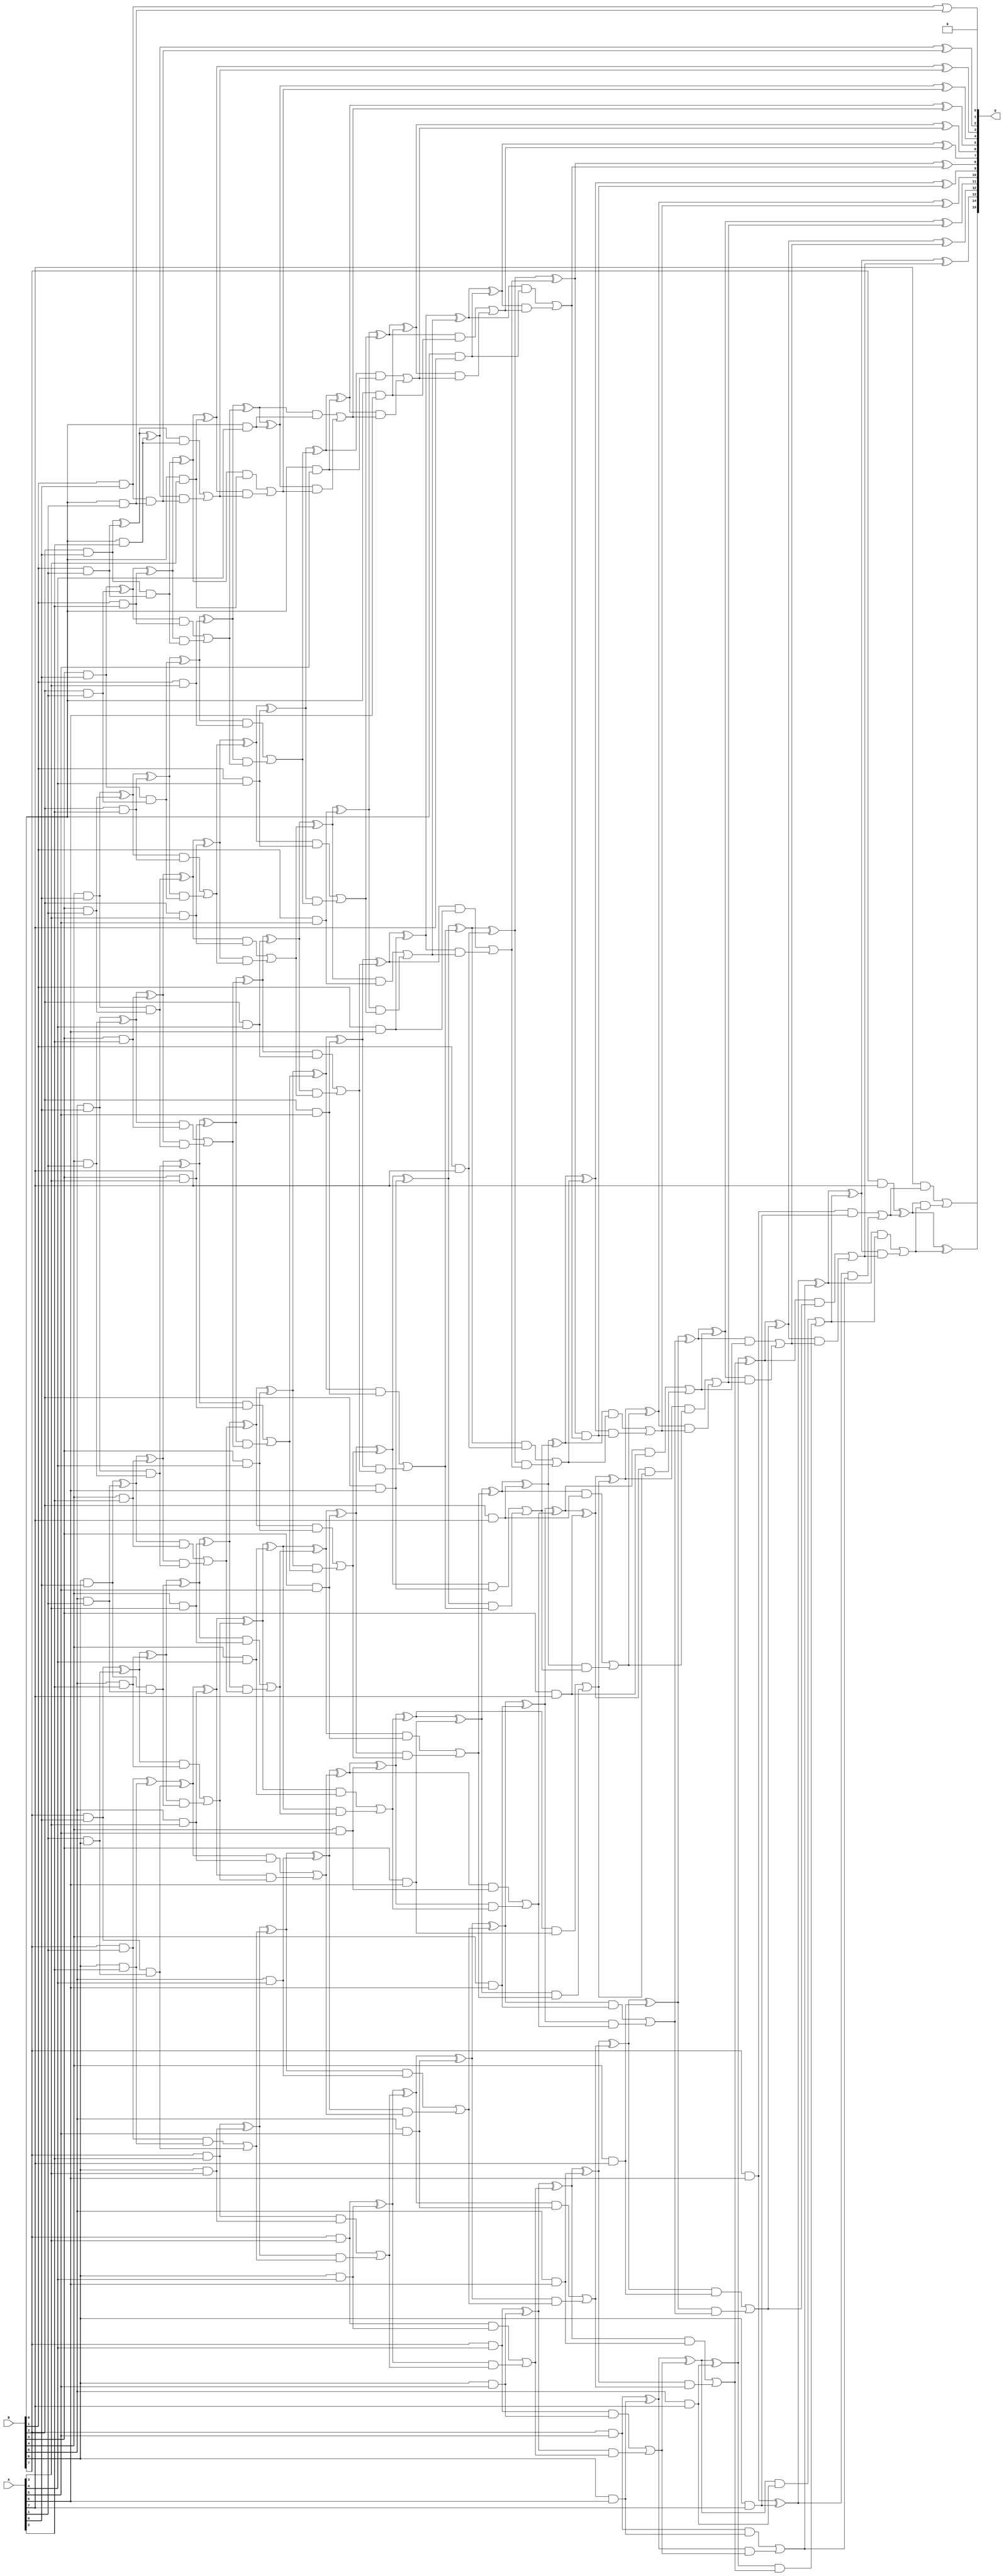
// This program was cloned from: https://github.com/ehw-fit/evoapproxlib
// License: MIT License

/***
* This code is a part of EvoApproxLib library (ehw.fit.vutbr.cz/approxlib) distributed under The MIT License.
* When used, please cite the following article(s): V. Mrazek, Z. Vasicek, L. Sekanina, H. Jiang and J. Han, "Scalable Construction of Approximate Multipliers With Formally Guaranteed Worst Case Error" in IEEE Transactions on Very Large Scale Integration (VLSI) Systems, vol. 26, no. 11, pp. 2572-2576, Nov. 2018. doi: 10.1109/TVLSI.2018.2856362 
* This file contains a circuit from a sub-set of pareto optimal circuits with respect to the pwr and ep parameters
***/
// MAE% = 0.00038 %
// MAE = 16480 
// WCE% = 0.0015 %
// WCE = 66049 
// WCRE% = 100.00 %
// EP% = 56.25 %
// MRE% = 0.014 %
// MSE = 10779.731e5 
// PDK45_PWR = 2.153 mW
// PDK45_AREA = 3086.1 um2
// PDK45_DELAY = 3.03 ns

module mult8_cgp14ep_ep49152_wc1_2_csamrca (
    A,
    B,
    O
);

input [7:0] A;
input [7:0] B;
output [15:0] O;

wire sig_16,sig_17,sig_18,sig_19,sig_20,sig_21,sig_22,sig_23,sig_24,sig_25,sig_26,sig_27,sig_28,sig_29,sig_30,sig_31,sig_32,sig_33,sig_34,sig_35;
wire sig_36,sig_37,sig_38,sig_39,sig_40,sig_41,sig_42,sig_43,sig_44,sig_45,sig_46,sig_47,sig_48,sig_49,sig_50,sig_51,sig_52,sig_53,sig_54,sig_55;
wire sig_56,sig_57,sig_58,sig_59,sig_60,sig_61,sig_62,sig_63,sig_64,sig_65,sig_66,sig_67,sig_68,sig_69,sig_70,sig_71,sig_72,sig_73,sig_74,sig_75;
wire sig_76,sig_77,sig_78,sig_79,sig_80,sig_81,sig_82,sig_83,sig_84,sig_85,sig_87,sig_88,sig_89,sig_90,sig_91,sig_92,sig_93,sig_94,sig_95,sig_96;
wire sig_97,sig_98,sig_99,sig_100,sig_101,sig_102,sig_103,sig_104,sig_105,sig_106,sig_107,sig_108,sig_109,sig_110,sig_111,sig_112,sig_113,sig_114,sig_115,sig_116;
wire sig_117,sig_118,sig_119,sig_120,sig_121,sig_122,sig_123,sig_124,sig_125,sig_126,sig_127,sig_128,sig_129,sig_130,sig_131,sig_132,sig_133,sig_134,sig_135,sig_136;
wire sig_137,sig_138,sig_139,sig_140,sig_141,sig_142,sig_143,sig_144,sig_145,sig_146,sig_147,sig_148,sig_149,sig_150,sig_151,sig_152,sig_153,sig_154,sig_155,sig_156;
wire sig_157,sig_158,sig_159,sig_160,sig_161,sig_162,sig_163,sig_164,sig_165,sig_166,sig_167,sig_168,sig_169,sig_170,sig_171,sig_172,sig_173,sig_174,sig_175,sig_176;
wire sig_177,sig_178,sig_179,sig_180,sig_181,sig_182,sig_183,sig_184,sig_185,sig_186,sig_187,sig_188,sig_189,sig_190,sig_191,sig_192,sig_193,sig_194,sig_195,sig_196;
wire sig_197,sig_198,sig_199,sig_200,sig_201,sig_202,sig_203,sig_204,sig_205,sig_206,sig_207,sig_208,sig_209,sig_210,sig_211,sig_212,sig_213,sig_214,sig_215,sig_216;
wire sig_217,sig_218,sig_219,sig_220,sig_221,sig_222,sig_223,sig_224,sig_225,sig_226,sig_227,sig_228,sig_229,sig_230,sig_231,sig_232,sig_233,sig_234,sig_235,sig_236;
wire sig_237,sig_238,sig_239,sig_240,sig_241,sig_242,sig_243,sig_244,sig_245,sig_246,sig_247,sig_248,sig_249,sig_250,sig_251,sig_252,sig_253,sig_254,sig_255,sig_256;
wire sig_257,sig_258,sig_259,sig_260,sig_261,sig_262,sig_263,sig_264,sig_265,sig_266,sig_267,sig_268,sig_269,sig_270,sig_271,sig_272,sig_273,sig_274,sig_275,sig_276;
wire sig_277,sig_278,sig_279,sig_280,sig_281,sig_282,sig_283,sig_284,sig_285,sig_286,sig_287,sig_288,sig_289,sig_290,sig_291,sig_292,sig_293,sig_294,sig_295,sig_296;
wire sig_297,sig_298,sig_299,sig_300,sig_301,sig_302,sig_303,sig_304,sig_305,sig_306,sig_307,sig_308,sig_309,sig_310,sig_311,sig_312,sig_313,sig_314,sig_315,sig_316;
wire sig_317,sig_318,sig_319,sig_320,sig_321,sig_322,sig_323,sig_324,sig_325,sig_326,sig_327,sig_328,sig_329,sig_330,sig_331,sig_332,sig_333,sig_334,sig_335;

assign sig_16 = A[1] & B[6];
assign sig_17 = B[1] & A[0];
assign sig_18 = B[2] & A[0];
assign sig_19 = B[3] & A[0];
assign sig_20 = B[4] & A[0];
assign sig_21 = B[5] & A[0];
assign sig_22 = B[6] & A[0];
assign sig_23 = B[7] & A[0];
assign sig_24 = B[0] & A[1];
assign sig_25 = B[1] & A[1];
assign sig_26 = B[2] & A[1];
assign sig_27 = B[3] & A[1];
assign sig_28 = B[4] & A[1];
assign sig_29 = B[5] & A[1];
assign sig_30 = B[6] & A[1];
assign sig_31 = B[7] & A[1];
assign sig_32 = sig_17 | sig_24;
assign sig_33 = sig_17 & sig_24;
assign sig_34 = sig_18 ^ sig_25;
assign sig_35 = sig_18 & sig_25;
assign sig_36 = sig_19 ^ sig_26;
assign sig_37 = sig_19 & sig_26;
assign sig_38 = sig_20 ^ sig_27;
assign sig_39 = sig_20 & sig_27;
assign sig_40 = sig_21 ^ sig_28;
assign sig_41 = sig_21 & sig_28;
assign sig_42 = sig_22 ^ sig_29;
assign sig_43 = sig_22 & sig_29;
assign sig_44 = sig_23 ^ sig_16;
assign sig_45 = sig_23 & sig_30;
assign sig_46 = B[0] & A[2];
assign sig_47 = B[1] & A[2];
assign sig_48 = B[2] & A[2];
assign sig_49 = B[3] & A[2];
assign sig_50 = B[4] & A[2];
assign sig_51 = B[5] & A[2];
assign sig_52 = B[6] & A[2];
assign sig_53 = B[7] & A[2];
assign sig_54 = sig_34 ^ sig_46;
assign sig_55 = sig_34 & sig_46;
assign sig_56 = sig_54 & sig_33;
assign sig_57 = sig_54 ^ sig_33;
assign sig_58 = sig_55 | sig_56;
assign sig_59 = sig_36 ^ sig_47;
assign sig_60 = sig_36 & sig_47;
assign sig_61 = sig_59 & sig_35;
assign sig_62 = sig_59 ^ sig_35;
assign sig_63 = sig_60 | sig_61;
assign sig_64 = sig_38 ^ sig_48;
assign sig_65 = sig_38 & sig_48;
assign sig_66 = sig_64 & sig_37;
assign sig_67 = sig_64 ^ sig_37;
assign sig_68 = sig_65 | sig_66;
assign sig_69 = sig_40 ^ sig_49;
assign sig_70 = sig_40 & sig_49;
assign sig_71 = sig_69 & sig_39;
assign sig_72 = sig_69 ^ sig_39;
assign sig_73 = sig_70 | sig_71;
assign sig_74 = sig_42 ^ sig_50;
assign sig_75 = sig_42 & sig_50;
assign sig_76 = sig_74 & sig_41;
assign sig_77 = sig_74 ^ sig_41;
assign sig_78 = sig_75 | sig_76;
assign sig_79 = sig_44 ^ sig_51;
assign sig_80 = sig_44 & sig_51;
assign sig_81 = sig_79 & sig_43;
assign sig_82 = sig_79 ^ sig_43;
assign sig_83 = sig_80 | sig_81;
assign sig_84 = sig_31 ^ sig_52;
assign sig_85 = sig_31 & sig_52;
assign sig_87 = sig_84 ^ sig_45;
assign sig_88 = sig_85 | sig_45;
assign sig_89 = B[0] & A[3];
assign sig_90 = B[1] & A[3];
assign sig_91 = B[2] & A[3];
assign sig_92 = B[3] & A[3];
assign sig_93 = B[4] & A[3];
assign sig_94 = B[5] & A[3];
assign sig_95 = B[6] & A[3];
assign sig_96 = B[7] & A[3];
assign sig_97 = sig_62 ^ sig_89;
assign sig_98 = sig_62 & sig_89;
assign sig_99 = sig_97 & sig_58;
assign sig_100 = sig_97 ^ sig_58;
assign sig_101 = sig_98 | sig_99;
assign sig_102 = sig_67 ^ sig_90;
assign sig_103 = sig_67 & sig_90;
assign sig_104 = sig_102 & sig_63;
assign sig_105 = sig_102 ^ sig_63;
assign sig_106 = sig_103 | sig_104;
assign sig_107 = sig_72 ^ sig_91;
assign sig_108 = sig_72 & sig_91;
assign sig_109 = sig_107 & sig_68;
assign sig_110 = sig_107 ^ sig_68;
assign sig_111 = sig_108 | sig_109;
assign sig_112 = sig_77 ^ sig_92;
assign sig_113 = sig_77 & sig_92;
assign sig_114 = sig_112 & sig_73;
assign sig_115 = sig_112 ^ sig_73;
assign sig_116 = sig_113 | sig_114;
assign sig_117 = sig_82 ^ sig_93;
assign sig_118 = sig_82 & sig_93;
assign sig_119 = sig_117 & sig_78;
assign sig_120 = sig_117 ^ sig_78;
assign sig_121 = sig_118 | sig_119;
assign sig_122 = sig_87 ^ sig_94;
assign sig_123 = sig_87 & sig_94;
assign sig_124 = sig_122 & sig_83;
assign sig_125 = sig_122 ^ sig_83;
assign sig_126 = sig_123 | sig_124;
assign sig_127 = sig_53 ^ sig_95;
assign sig_128 = sig_53 & sig_95;
assign sig_129 = sig_127 & sig_88;
assign sig_130 = sig_127 ^ sig_88;
assign sig_131 = sig_128 | sig_129;
assign sig_132 = B[0] & A[4];
assign sig_133 = B[1] & A[4];
assign sig_134 = B[2] & A[4];
assign sig_135 = B[3] & A[4];
assign sig_136 = B[4] & A[4];
assign sig_137 = B[5] & A[4];
assign sig_138 = B[6] & A[4];
assign sig_139 = B[7] & A[4];
assign sig_140 = sig_105 ^ sig_132;
assign sig_141 = sig_105 & sig_132;
assign sig_142 = sig_140 & sig_101;
assign sig_143 = sig_140 ^ sig_101;
assign sig_144 = sig_141 | sig_142;
assign sig_145 = sig_110 ^ sig_133;
assign sig_146 = sig_110 & sig_133;
assign sig_147 = sig_145 & sig_106;
assign sig_148 = sig_145 ^ sig_106;
assign sig_149 = sig_146 | sig_147;
assign sig_150 = sig_115 ^ sig_134;
assign sig_151 = sig_115 & sig_134;
assign sig_152 = sig_150 & sig_111;
assign sig_153 = sig_150 ^ sig_111;
assign sig_154 = sig_151 | sig_152;
assign sig_155 = sig_120 ^ sig_135;
assign sig_156 = sig_120 & sig_135;
assign sig_157 = sig_155 & sig_116;
assign sig_158 = sig_155 ^ sig_116;
assign sig_159 = sig_156 | sig_157;
assign sig_160 = sig_125 ^ sig_136;
assign sig_161 = sig_125 & sig_136;
assign sig_162 = sig_160 & sig_121;
assign sig_163 = sig_160 ^ sig_121;
assign sig_164 = sig_161 | sig_162;
assign sig_165 = sig_130 ^ sig_137;
assign sig_166 = sig_130 & sig_137;
assign sig_167 = sig_165 & sig_126;
assign sig_168 = sig_165 ^ sig_126;
assign sig_169 = sig_166 | sig_167;
assign sig_170 = sig_96 ^ sig_138;
assign sig_171 = sig_96 & sig_138;
assign sig_172 = sig_170 & sig_131;
assign sig_173 = sig_170 ^ sig_131;
assign sig_174 = sig_171 | sig_172;
assign sig_175 = B[0] & A[5];
assign sig_176 = B[1] & A[5];
assign sig_177 = B[2] & A[5];
assign sig_178 = B[3] & A[5];
assign sig_179 = B[4] & A[5];
assign sig_180 = B[5] & A[5];
assign sig_181 = B[6] & A[5];
assign sig_182 = B[7] & A[5];
assign sig_183 = sig_148 ^ sig_175;
assign sig_184 = sig_148 & sig_175;
assign sig_185 = sig_183 & sig_144;
assign sig_186 = sig_183 ^ sig_144;
assign sig_187 = sig_184 | sig_185;
assign sig_188 = sig_153 ^ sig_176;
assign sig_189 = sig_153 & sig_176;
assign sig_190 = sig_188 & sig_149;
assign sig_191 = sig_188 ^ sig_149;
assign sig_192 = sig_189 | sig_190;
assign sig_193 = sig_158 ^ sig_177;
assign sig_194 = sig_158 & sig_177;
assign sig_195 = sig_193 & sig_154;
assign sig_196 = sig_193 ^ sig_154;
assign sig_197 = sig_194 | sig_195;
assign sig_198 = sig_163 ^ sig_178;
assign sig_199 = sig_163 & sig_178;
assign sig_200 = sig_198 & sig_159;
assign sig_201 = sig_198 ^ sig_159;
assign sig_202 = sig_199 | sig_200;
assign sig_203 = sig_168 ^ sig_179;
assign sig_204 = sig_168 & sig_179;
assign sig_205 = sig_203 & sig_164;
assign sig_206 = sig_203 ^ sig_164;
assign sig_207 = sig_204 | sig_205;
assign sig_208 = sig_173 ^ sig_180;
assign sig_209 = sig_173 & sig_180;
assign sig_210 = sig_208 & sig_169;
assign sig_211 = sig_208 ^ sig_169;
assign sig_212 = sig_209 | sig_210;
assign sig_213 = sig_139 ^ sig_181;
assign sig_214 = sig_139 & sig_181;
assign sig_215 = sig_213 & sig_174;
assign sig_216 = sig_213 ^ sig_174;
assign sig_217 = sig_214 | sig_215;
assign sig_218 = B[0] & A[6];
assign sig_219 = B[1] & A[6];
assign sig_220 = B[2] & A[6];
assign sig_221 = B[3] & A[6];
assign sig_222 = B[4] & A[6];
assign sig_223 = B[5] & A[6];
assign sig_224 = B[6] & A[6];
assign sig_225 = B[7] & A[6];
assign sig_226 = sig_191 ^ sig_218;
assign sig_227 = sig_191 & sig_218;
assign sig_228 = sig_226 & sig_187;
assign sig_229 = sig_226 ^ sig_187;
assign sig_230 = sig_227 | sig_228;
assign sig_231 = sig_196 ^ sig_219;
assign sig_232 = sig_196 & sig_219;
assign sig_233 = sig_231 & sig_192;
assign sig_234 = sig_231 ^ sig_192;
assign sig_235 = sig_232 | sig_233;
assign sig_236 = sig_201 ^ sig_220;
assign sig_237 = sig_201 & sig_220;
assign sig_238 = sig_236 & sig_197;
assign sig_239 = sig_236 ^ sig_197;
assign sig_240 = sig_237 | sig_238;
assign sig_241 = sig_206 ^ sig_221;
assign sig_242 = sig_206 & sig_221;
assign sig_243 = sig_241 & sig_202;
assign sig_244 = sig_241 ^ sig_202;
assign sig_245 = sig_242 | sig_243;
assign sig_246 = sig_211 ^ sig_222;
assign sig_247 = sig_211 & sig_222;
assign sig_248 = sig_246 & sig_207;
assign sig_249 = sig_246 ^ sig_207;
assign sig_250 = sig_247 | sig_248;
assign sig_251 = sig_216 ^ sig_223;
assign sig_252 = sig_216 & sig_223;
assign sig_253 = sig_251 & sig_212;
assign sig_254 = sig_251 ^ sig_212;
assign sig_255 = sig_252 | sig_253;
assign sig_256 = sig_182 ^ sig_224;
assign sig_257 = sig_182 & sig_224;
assign sig_258 = sig_256 & sig_217;
assign sig_259 = sig_256 ^ sig_217;
assign sig_260 = sig_257 | sig_258;
assign sig_261 = B[0] & A[7];
assign sig_262 = B[1] & A[7];
assign sig_263 = B[2] & A[7];
assign sig_264 = B[3] & A[7];
assign sig_265 = B[4] & A[7];
assign sig_266 = B[5] & A[7];
assign sig_267 = B[6] & A[7];
assign sig_268 = B[7] & A[7];
assign sig_269 = sig_234 ^ sig_261;
assign sig_270 = sig_234 & sig_261;
assign sig_271 = sig_269 & sig_230;
assign sig_272 = sig_269 ^ sig_230;
assign sig_273 = sig_270 | sig_271;
assign sig_274 = sig_239 ^ sig_262;
assign sig_275 = sig_239 & sig_262;
assign sig_276 = sig_274 & sig_235;
assign sig_277 = sig_274 ^ sig_235;
assign sig_278 = sig_275 | sig_276;
assign sig_279 = sig_244 ^ sig_263;
assign sig_280 = sig_244 & sig_263;
assign sig_281 = sig_279 & sig_240;
assign sig_282 = sig_279 ^ sig_240;
assign sig_283 = sig_280 | sig_281;
assign sig_284 = sig_249 ^ sig_264;
assign sig_285 = sig_249 & sig_264;
assign sig_286 = sig_284 & sig_245;
assign sig_287 = sig_284 ^ sig_245;
assign sig_288 = sig_285 | sig_286;
assign sig_289 = sig_254 ^ sig_265;
assign sig_290 = sig_254 & sig_265;
assign sig_291 = sig_289 & sig_250;
assign sig_292 = sig_289 ^ sig_250;
assign sig_293 = sig_290 | sig_291;
assign sig_294 = sig_259 ^ sig_266;
assign sig_295 = sig_259 & sig_266;
assign sig_296 = sig_294 & sig_255;
assign sig_297 = sig_294 ^ sig_255;
assign sig_298 = sig_295 | sig_296;
assign sig_299 = sig_225 ^ sig_267;
assign sig_300 = sig_225 & sig_267;
assign sig_301 = sig_299 & sig_260;
assign sig_302 = sig_299 ^ sig_260;
assign sig_303 = sig_300 | sig_301;
assign sig_304 = sig_277 ^ sig_273;
assign sig_305 = sig_277 & sig_273;
assign sig_306 = sig_282 ^ sig_278;
assign sig_307 = sig_282 & sig_278;
assign sig_308 = sig_306 & sig_305;
assign sig_309 = sig_306 ^ sig_305;
assign sig_310 = sig_307 | sig_308;
assign sig_311 = sig_287 ^ sig_283;
assign sig_312 = sig_287 & sig_283;
assign sig_313 = sig_311 & sig_310;
assign sig_314 = sig_311 ^ sig_310;
assign sig_315 = sig_312 | sig_313;
assign sig_316 = sig_292 ^ sig_288;
assign sig_317 = sig_292 & sig_288;
assign sig_318 = sig_316 & sig_315;
assign sig_319 = sig_316 ^ sig_315;
assign sig_320 = sig_317 | sig_318;
assign sig_321 = sig_297 ^ sig_293;
assign sig_322 = sig_297 & sig_293;
assign sig_323 = sig_321 & sig_320;
assign sig_324 = sig_321 ^ sig_320;
assign sig_325 = sig_322 | sig_323;
assign sig_326 = sig_302 ^ sig_298;
assign sig_327 = sig_302 & sig_298;
assign sig_328 = sig_326 & sig_325;
assign sig_329 = sig_326 ^ sig_325;
assign sig_330 = sig_327 | sig_328;
assign sig_331 = sig_268 ^ sig_303;
assign sig_332 = A[7] & sig_303;
assign sig_333 = sig_331 & sig_330;
assign sig_334 = sig_331 ^ sig_330;
assign sig_335 = sig_332 | sig_333;

assign O[15] = sig_335;
assign O[14] = sig_334;
assign O[13] = sig_329;
assign O[12] = sig_324;
assign O[11] = sig_319;
assign O[10] = sig_314;
assign O[9] = sig_309;
assign O[8] = sig_304;
assign O[7] = sig_272;
assign O[6] = sig_229;
assign O[5] = sig_186;
assign O[4] = sig_143;
assign O[3] = sig_100;
assign O[2] = sig_57;
assign O[1] = sig_32;
assign O[0] = 1'b0;

endmodule

module CLA32bit(a,b,c_in,sum,c_out);

input [31:0]a,b;
input c_in;
output [31:0]sum;
output c_out;

wire [31:0] sum_out,  p,  g;
wire [7:0] PPP, GGG;
wire [8:0] CC;

assign p[31:0] = a[31:0] ^ b[31:0];
assign g[31:0] = a[31:0] & b[31:0];

assign PPP[0]= p [3] & p [2] & p [1] & p [0];
assign PPP[1]= p [7] & p [6] & p [5] & p [4];
assign PPP[2]= p[11] & p[10] & p [9] & p [8];
assign PPP[3]= p[15] & p[14] & p[13] & p[12];
assign PPP[4]= p[19] & p[18] & p[17] & p[16];
assign PPP[5]= p[23] & p[22] & p[21] & p[20];
assign PPP[6]= p[27] & p[26] & p[25] & p[24];
assign PPP[7]= p[31] & p[30] & p[29] & p[28];

assign GGG[0]= g[3]  | (p [3] & g [2])  | (p [3] & p [2] & g [1])  | (p [3] & p [2] & p [1] & g [0]) ;
assign GGG[1]= g[7]  | (p [7] & g [6])  | (p [7] & p [6] & g [5])  | (p [7] & p [6] & p [5] & g [4]);
assign GGG[2]= g[11] | (p[11] & g[10])  | (p[11] & p[10] & g [9])  | (p[11] & p[10] & p [9] & g [8]);
assign GGG[3]= g[15] | (p[15] & g[14])  | (p[15] & p[14] & g[13])  | (p[15] & p[14] & p[13] & g[12]);
assign GGG[4]= g[19] | (p[19] & g[18])  | (p[19] & p[18] & g[17])  | (p[19] & p[18] & p[17] & g[16]);
assign GGG[5]= g[23] | (p[23] & g[22])  | (p[23] & p[22] & g[21])  | (p[23] & p[22] & p[21] & g[20]);
assign GGG[6]= g[27] | (p[27] & g[26])  | (p[27] & p[26] & g[25])  | (p[27] & p[26] & p[25] & g[24]);
assign GGG[7]= g[31] | (p[31] & g[30])  | (p[31] & p[30] & g[29])  | (p[31] & p[30] & p[29] & g[28]);
assign CC[0] = c_in;
assign CC[1] = GGG[0]  |  PPP[0]&  CC[0];
assign CC[2] = GGG[1]  |  PPP[1]&GGG[0]  |  PPP[1]&PPP[0]&  CC[0];
assign CC[3] = GGG[2]  |  PPP[2]&GGG[1]  |  PPP[2]&PPP[1]&GGG[0]  |  PPP[2]&PPP[1]&PPP[0]&  CC[0];
assign CC[4] = GGG[3]  |  PPP[3]&GGG[2]  |  PPP[3]&PPP[2]&GGG[1]  |  PPP[3]&PPP[2]&PPP[1]&GGG[0]  |  PPP[3]&PPP[2]&PPP[1]&PPP[0]&  CC[0];
assign CC[5] = GGG[4]  |  PPP[4]&GGG[3]  |  PPP[4]&PPP[3]&GGG[2]  |  PPP[4]&PPP[3]&PPP[2]&GGG[1]  |  PPP[4]&PPP[3]&PPP[2]&PPP[1]&GGG[0] |  PPP[4]&PPP[3]&PPP[2]&PPP[1]&PPP[0]&  CC[0];
assign CC[6] = GGG[5]  |  PPP[5]&GGG[4]  |  PPP[5]&PPP[4]&GGG[3]  |  PPP[5]&PPP[4]&PPP[3]&GGG[2]  |  PPP[5]&PPP[4]&PPP[3]&PPP[2]&GGG[1] |  PPP[5]&PPP[4]&PPP[3]&PPP[2]&PPP[1]&GGG[0] |  PPP[5]&PPP[4]&PPP[3]&PPP[2]&PPP[1]&PPP[0]& CC[0];
assign CC[7] = GGG[6]  | PPP[6]&GGG[5]  |  PPP[6]&PPP[5]&GGG[4]  |  PPP[6]&PPP[5]&PPP[4]&GGG[3]  |  PPP[6]&PPP[5]&PPP[4]&PPP[3]&GGG[2]  |  PPP[6]&PPP[5]&PPP[4]&PPP[3]&PPP[2]&GGG[1] |  PPP[6]&PPP[5]&PPP[4]&PPP[3]&PPP[2]&PPP[1]&GGG[0] |  PPP[6]&PPP[5]&PPP[4]&PPP[3]&PPP[2]&PPP[1]&PPP[0] & CC[0];
assign CC[8] = GGG[7] | PPP[7]&GGG[6]  | PPP[7]&PPP[6]&GGG[5]  |  PPP[7]&PPP[6]&PPP[5]&GGG[4]  |  PPP[7]&PPP[6]&PPP[5]&PPP[4]&GGG[3]  |  PPP[7]&PPP[6]&PPP[5]&PPP[4]&PPP[3]&GGG[2]  |  PPP[7]&PPP[6]&PPP[5]&PPP[4]&PPP[3]&PPP[2]&GGG[1] |  PPP[7]&PPP[6]&PPP[5]&PPP[4]&PPP[3]&PPP[2]&PPP[1]&GGG[0] |  PPP[7]&PPP[6]&PPP[5]&PPP[4]&PPP[3]&PPP[2]&PPP[1]&PPP[0] & CC[0];
cla_4bit cla4bit1(.aa(a  [3:0]),  .bb(b  [3:0]),  .cin(CC[0]),   .pp(p  [3:0]),  .gg(g  [3:0]),   .summ(sum  [3:0]));
cla_4bit cla4bit2(.aa(a  [7:4]),  .bb(b  [7:4]),  .cin(CC[1]),   .pp(p  [7:4]),  .gg(g  [7:4]),   .summ(sum  [7:4]));
cla_4bit cla4bit3(.aa(a [11:8]),  .bb(b [11:8]),  .cin(CC[2]),   .pp(p [11:8]),  .gg(g [11:8]),   .summ(sum [11:8]));
cla_4bit cla4bit4(.aa(a[15:12]),  .bb(b[15:12]),  .cin(CC[3]),   .pp(p[15:12]),  .gg(g[15:12]),   .summ(sum[15:12]));
cla_4bit cla4bit5(.aa(a[19:16]),  .bb(b[19:16]),  .cin(CC[4]),   .pp(p[19:16]),  .gg(g[19:16]),   .summ(sum[19:16]));
cla_4bit cla4bit6(.aa(a[23:20]),  .bb(b[23:20]),  .cin(CC[5]),   .pp(p[23:20]),  .gg(g[23:20]),   .summ(sum[23:20]));
cla_4bit cla4bit7(.aa(a[27:24]),  .bb(b[27:24]),  .cin(CC[6]),   .pp(p[27:24]),  .gg(g[27:24]),   .summ(sum[27:24]));
cla_4bit cla4bit8(.aa(a[31:28]),  .bb(b[31:28]),  .cin(CC[7]),   .pp(p[31:28]),  .gg(g[31:28]),   .summ(sum[31:28]));

assign c_out=CC[8];

endmodule
module cla_4bit(aa,bb,cin,summ,pp,gg);
input  [3:0] aa,bb,pp,gg;  
input cin;
output [3:0] summ;

wire [3:0] c;

   assign c[0] = cin;
   assign c[1] = gg[0] | (pp[0] & c[0]);
   assign c[2] = gg[1] | (pp[1] & gg[0]) | (pp[1] & pp[0] & c[0]);
   assign c[3] = gg[2] | (pp[2] & gg[1]) | (pp[2] & pp[1] & gg[0])| (pp[2] & pp[1] & pp[0] & c[0]);

   assign summ[3:0] = pp[3:0]  ^  c[3:0];
endmodule

`timescale 1ns/100ps
module mul16u_34S ( input[15:0] A,
                   input[15:0] B,
                   output [31:0] O
                 );

wire [15:0] ll,lh,hl,hh;
wire [31:0] llhhlh_sum;
wire [31:0] shifted_llhh, shifted_lh, shifted_hl;

localparam MAX1 = 15;
localparam MIN1 = 8;

localparam MAX2 = 7;
localparam MIN2 = 0;

mult8_cgp14ep_ep49152_wc1_2_csamrca LxL (.A(A[MAX2:MIN2]), .B(B[MAX2:MIN2]), .O(ll));
mult8_cgp14ep_ep49152_wc1_2_csamrca HxL (.A(A[MAX1:MIN1]), .B(B[MAX2:MIN2]), .O(hl));
mult8_cgp14ep_ep49152_wc1_2_csamrca LxH (.A(A[MAX2:MIN2]), .B(B[MAX1:MIN1]), .O(lh));
mult8_cgp14ep_ep49152_wc1_2_csamrca HxH (.A(A[MAX1:MIN1]), .B(B[MAX1:MIN1]), .O(hh));

assign shifted_llhh = { hh, ll }; 
assign shifted_lh = { {8{1'b0}}, lh, {8{1'b0}}}; 
assign shifted_hl = { {8{1'b0}}, hl, {8{1'b0}}};
CLA32bit LLHHLH (.a(shifted_llhh), .b(shifted_lh), .c_in(1'b0), .sum(llhhlh_sum), .c_out());
CLA32bit SUMO (.a(llhhlh_sum), .b(shifted_hl), .c_in(1'b0), .sum(O), .c_out());

endmodule